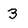
Character: 3